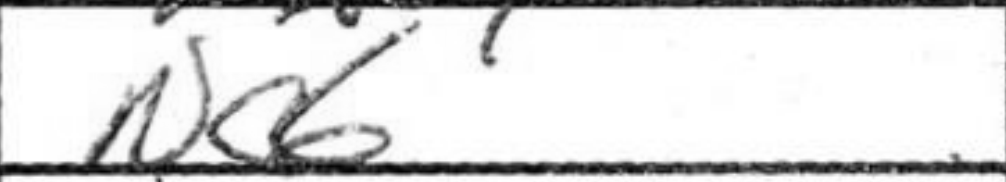
Transcription: Nc6